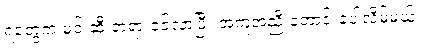
ရဲတွေက မင်းဆီ တရားဝင်လာပြီး အကူအညီ တောင်းခံပါလိမ့်မယ်။